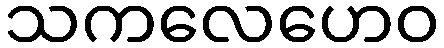
သကလေဟေဝ